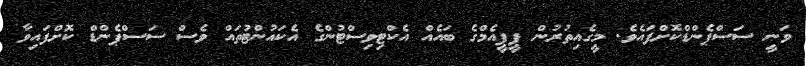
ވަނީ ސަސްޕެންޑްކޮށްފައެވެ. މީގެއިތުރުން ޕީޕީއެމްގެ ބައެއް އެކްޓިވިސްޓުންގެ އެކައުންޓުތައް ވެސް ސަސްޕެންޑް ކޮށްފައިވާ